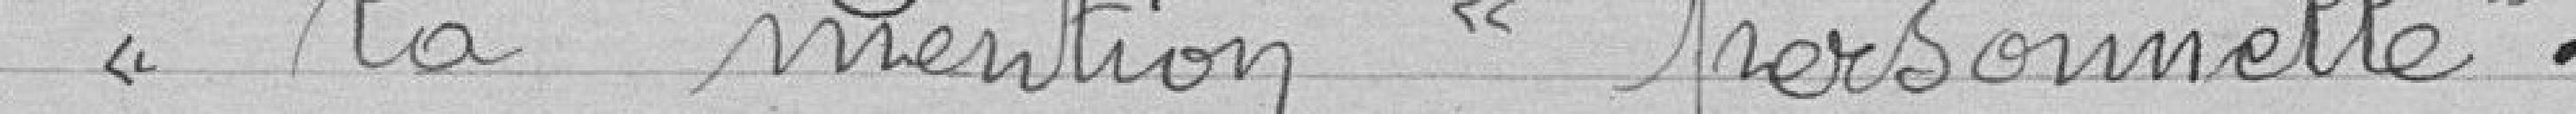
la mention "personnelle"